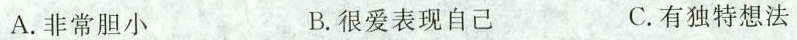
A.非常胆小 B.很爱表现自己 C.有独特想法